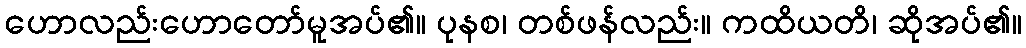
ဟောလည်းဟောတော်မူအပ်၏။ ပုနစ၊ တစ်ဖန်လည်း။ ကထိယတိ၊ ဆိုအပ်၏။